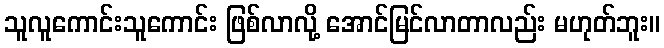
သူလူကောင်းသူကောင်း ဖြစ်လာလို့ အောင်မြင်လာတာလည်း မဟုတ်ဘူး။